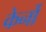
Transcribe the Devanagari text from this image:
केर्नो